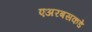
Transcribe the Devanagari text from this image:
एअरबसकडे